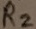
Text: R2